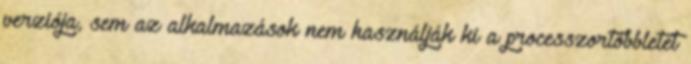
verziója, sem az alkalmazások nem használják ki a processzortöbbletet